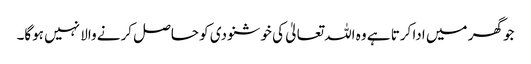
جو گھر میں ادا کرتا ہے وہ اللہ تعالیٰ کی خوشنودی کو حاصل کرنے والا نہیں ہوگا۔